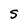
Character: S